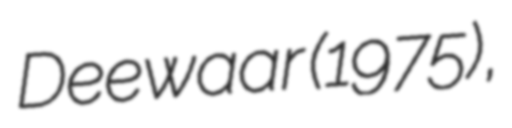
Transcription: Deewaar (1975),